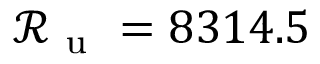
\mathcal { R } _ { \mathrm { ~ u ~ } } = 8 3 1 4 . 5